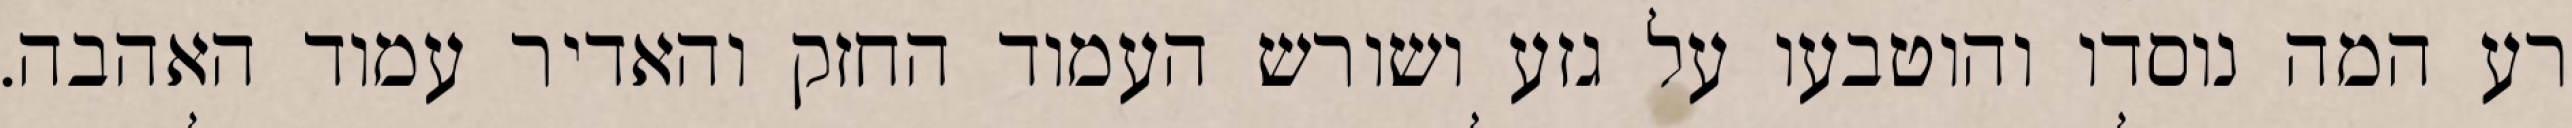
רע המה נוסדו והוטבעו על גזע ושורש העמוד החזק והאדיר עמוד האהבה.